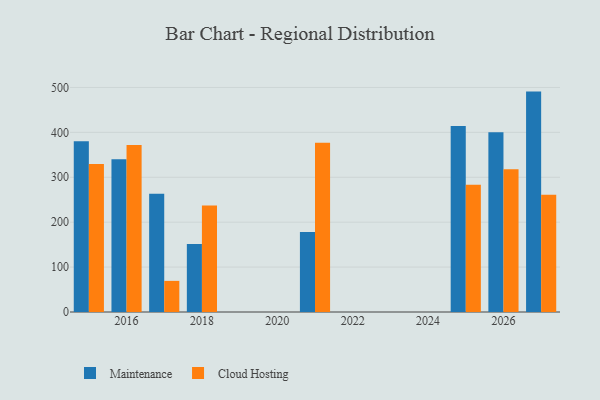
{"axis": {"x": "Year", "y": "Backlog"}, "legend": ["Cloud Hosting", "Maintenance"], "data": [{"x": "2025", "y": 414.1, "type": "Maintenance"}, {"x": "2025", "y": 283.6, "type": "Cloud Hosting"}, {"x": "2021", "y": 178.4, "type": "Maintenance"}, {"x": "2021", "y": 377.0, "type": "Cloud Hosting"}, {"x": "2026", "y": 400.4, "type": "Maintenance"}, {"x": "2026", "y": 317.7, "type": "Cloud Hosting"}, {"x": "2017", "y": 263.3, "type": "Maintenance"}, {"x": "2017", "y": 69.3, "type": "Cloud Hosting"}, {"x": "2016", "y": 339.9, "type": "Maintenance"}, {"x": "2016", "y": 372.0, "type": "Cloud Hosting"}, {"x": "2015", "y": 380.4, "type": "Maintenance"}, {"x": "2015", "y": 329.3, "type": "Cloud Hosting"}, {"x": "2018", "y": 151.3, "type": "Maintenance"}, {"x": "2018", "y": 237.0, "type": "Cloud Hosting"}, {"x": "2027", "y": 490.8, "type": "Maintenance"}, {"x": "2027", "y": 261.1, "type": "Cloud Hosting"}]}